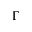
\Gamma